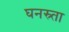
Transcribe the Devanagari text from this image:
घनस्र्ता